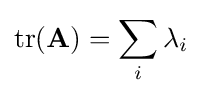
\operatorname {tr} (\mathbf {A} )=\sum _{i}\lambda _{i}